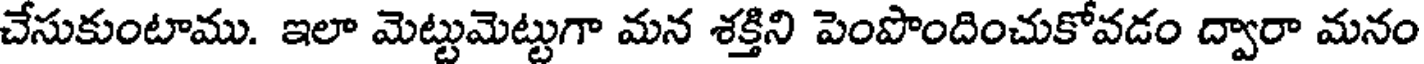
చేసుకుంటాము. ఇలా మెట్టుమెట్టుగా మన శక్తిని పెంపొందించుకోవడం ద్వారా మనం